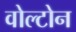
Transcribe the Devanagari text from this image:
वोल्टोन